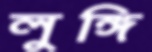
লুঙ্গি